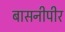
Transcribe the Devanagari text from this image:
बासनीपीर